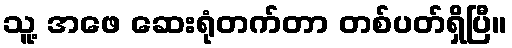
သူ့ အဖေ ဆေးရုံတက်တာ တစ်ပတ်ရှိပြီ။